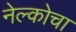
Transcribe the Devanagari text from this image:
नेल्कोचा